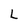
Character: L